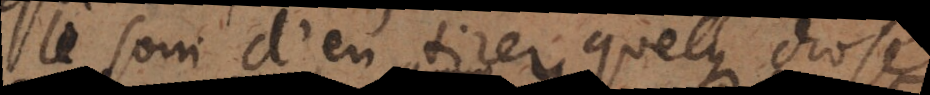
e soin d’en tirer quelque chose